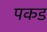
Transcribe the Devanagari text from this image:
पकड